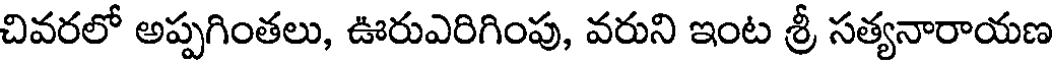
చివరలో అప్పగింతలు, ఊరుఎరిగింపు, వరుని ఇంట శ్రీ సత్యనారాయణ